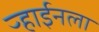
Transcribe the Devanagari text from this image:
ऱ्हाईनला